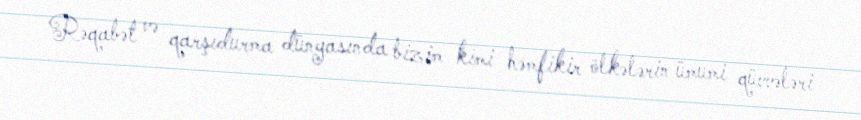
Rəqabət və qarşıdurma dünyasında bizim kimi həmfikir ölkələrin ümumi qüvvələri